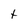
Character: t